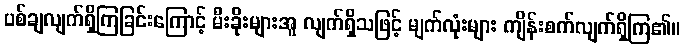
ပစ်ချလျက်ရှိကြခြင်းကြောင့် မီးခိုးများအူ လျက်ရှိသဖြင့် မျက်လုံးများ ကျိန်းစက်လျက်ရှိကြ၏။